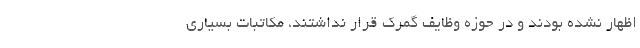
اظهار نشده بودند و در حوزه وظایف گمرک قرار نداشتند، مکاتبات بسیاری